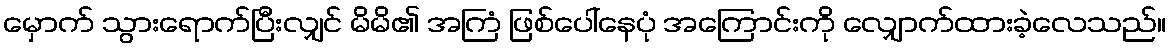
မှောက် သွားရောက်ပြီးလျှင် မိမိ၏ အကြံ ဖြစ်ပေါ်နေပုံ အကြောင်းကို လျှောက်ထားခဲ့လေသည်။